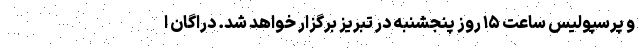
و پرسپولیس ساعت ۱۵ روز پنجشنبه در تبریز برگزار خواهد شد. دراگان ا